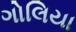
ગોલિયા